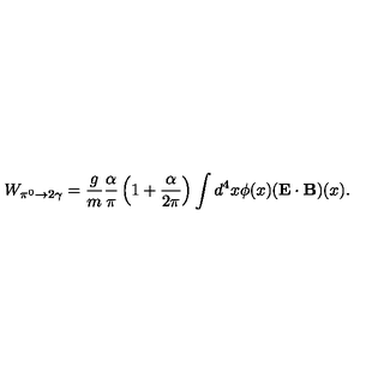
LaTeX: W _ { \pi ^ { 0 } \to 2 \gamma } = \frac { g } { m } \frac { \alpha } { \pi } \left( 1 + \frac { \alpha } { 2 \pi } \right) \int d ^ { 4 } x \phi ( x ) ( \mathbf { E \cdot B } ) ( x ) .